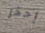
إحذر